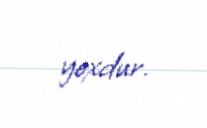
yoxdur.